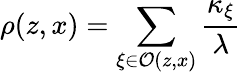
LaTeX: \rho(z,x)=\sum_{\xi\in\mathcal{O}(z,x)}\frac{\kappa_{\xi}}{\lambda}